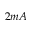
2 m A